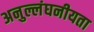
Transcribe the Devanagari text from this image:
अनुल्लंघनीयता